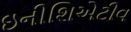
ઇનીશિએટીવ